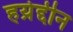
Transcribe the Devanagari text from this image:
हय्रेद्दीन